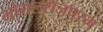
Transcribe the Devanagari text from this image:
भोगलराजपुरम